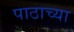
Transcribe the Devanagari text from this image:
पाठाच्या